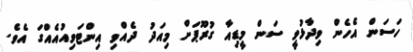
ހަސަން އެހެން ވިދާޅުވީ ސަން މީޑިއާ ގުރޫޕަށް މިއަދު ދެއްވި އިންޓަވިއުއެއްގަ އެވެ.